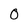
Character: 0